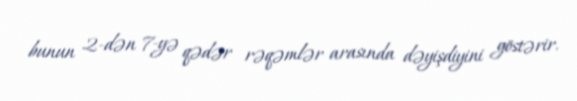
bunun 2-dən 7-yə qədər rəqəmlər arasında dəyişdiyini göstərir.